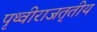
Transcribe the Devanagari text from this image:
पृथ्वीराजतृतीय